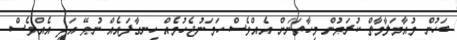
ބަހުން މުއާމަލާމާތް ކުރަމުން މިހާތަނަށް އެއްވެސް ހަމަނުޖެހުމެއް ހިނގާފައެއް ނުވޭ އަދި އެއްވެސް